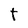
Character: t